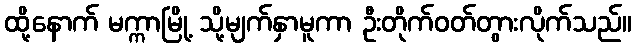
ထို့နောက် မက္ကာမြို့ သို့မျက်နှာမူကာ ဦးတိုက်ဝတ်တွားလိုက်သည်။